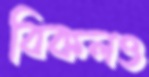
বিকলও